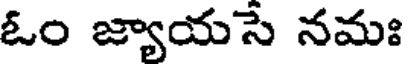
ఓం జ్యాయసే నమః